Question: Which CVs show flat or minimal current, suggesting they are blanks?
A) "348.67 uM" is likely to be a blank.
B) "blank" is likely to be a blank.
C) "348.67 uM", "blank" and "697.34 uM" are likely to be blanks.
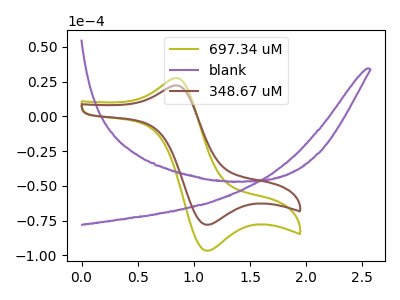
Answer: <think>The olive curve "697.34 uM" has an anodic peak at (0.80V, 27.30uA) and a cathodic peak at (1.10V, -96.65uA). The purple curve "blank" has no peaks. The brown curve "348.67 uM" has an anodic peak at (0.80V, 22.05uA) and a cathodic peak at (1.10V, -78.00uA).</think>
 <answer>B) "blank" is likely to be a blank.</answer>
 <eval>B</eval>